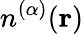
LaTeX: n^{(\alpha)}(\mathbf{r})